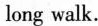
long walk.